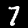
Label: 7